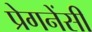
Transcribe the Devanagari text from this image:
प्रेगनेंसी